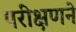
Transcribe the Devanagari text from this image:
परीक्षणने